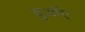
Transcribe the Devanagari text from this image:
दुआॅए